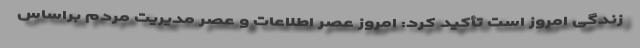
زندگی امروز است تأکید کرد: امروز عصر اطلاعات و عصر مدیریت مردم براساس